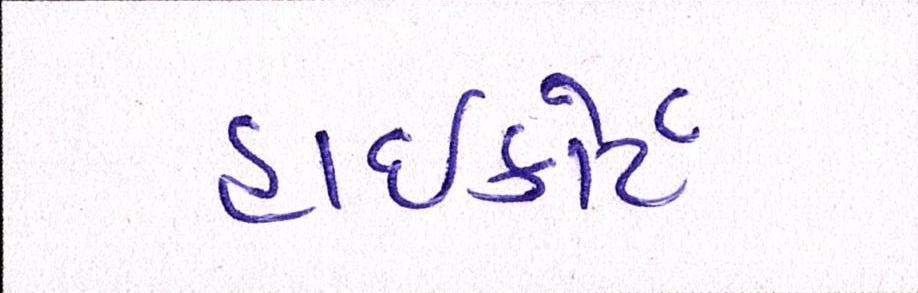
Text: હાઈકોર્ટ